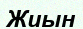
Жиын